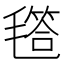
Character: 㲮